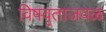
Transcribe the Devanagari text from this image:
विषवृताजवळ